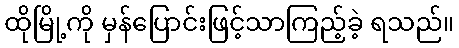
ထိုမြို့ကို မှန်ပြောင်းဖြင့်သာကြည့်ခဲ့ ရသည်။